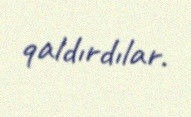
qaldırdılar.